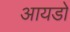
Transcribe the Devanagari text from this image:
आयडो